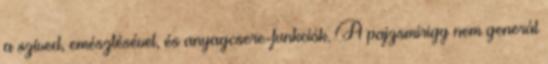
a szíved, emésztésével, és anyagcsere-funkciók. A pajzsmirigy nem generál